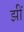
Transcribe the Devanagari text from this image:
झीं